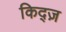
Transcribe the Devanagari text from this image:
किद्ज़